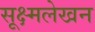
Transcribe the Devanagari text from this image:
सूक्ष्मलेखन